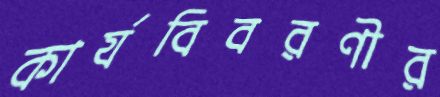
কার্যবিবরণীর